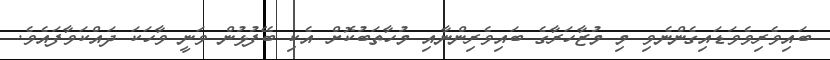
ބައިވެރިވެވަޑައިގެންނެވި މި މުޒާހަރާގެ ބައިވެރިންނާއި މުހާތަބުކޮށް އެކި ބޭފުޅުން ވަނީ ވާހަކަ ދައްކަވާފައެވެ.